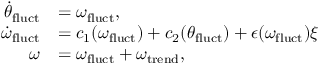
\begin{array} { r l } { \dot { \theta } _ { \mathrm { f l u c t } } } & { = \omega _ { \mathrm { f l u c t } } , } \\ { \dot { \omega } _ { \mathrm { f l u c t } } } & { = c _ { 1 } ( \omega _ { \mathrm { f l u c t } } ) + c _ { 2 } ( \theta _ { \mathrm { f l u c t } } ) + \epsilon ( \omega _ { \mathrm { f l u c t } } ) \xi } \\ { \omega } & { = \omega _ { \mathrm { f l u c t } } + \omega _ { \mathrm { t r e n d } } , } \end{array}